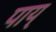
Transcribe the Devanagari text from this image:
पाय्